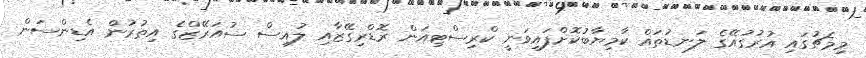
މިމެޗުގައި އުރުގުއޭގެ ލަނޑުތައް ކާމިޔާބުކޮށްފައިވަނީ ކްރިސްޓިއަން ރޮޑްރިގޭޒާއި ލުއިސް ސުއަރޭޒްގެ އިތުރުން އެޑިންސަން